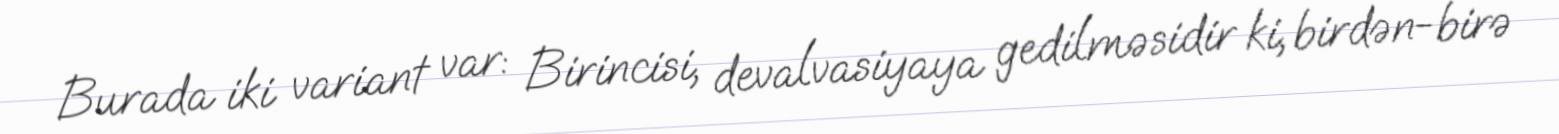
Burada iki variant var: Birincisi, devalvasiyaya gedilməsidir ki, birdən-birə